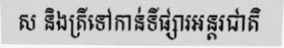
ស និងត្រីទៅកាន់ទីផ្សារអន្តរជាតិ